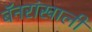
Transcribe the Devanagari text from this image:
बॅनरांखाली